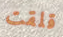
قلقت